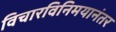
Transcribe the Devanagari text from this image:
विचारविनिमयानंतर